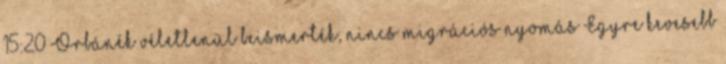
15:20 Orbánék véletlenül beismerték, nincs migrációs nyomás Egyre kevesebb